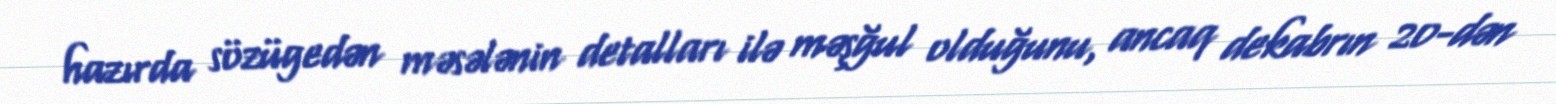
hazırda sözügedən məsələnin detalları ilə məşğul olduğunu, ancaq dekabrın 20-dən